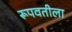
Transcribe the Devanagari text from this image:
रूपवतीला